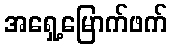
အရှေ့မြောက်ဖက်